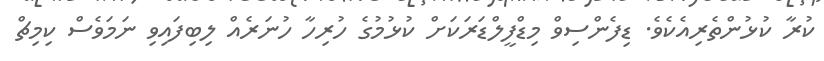
ކުރާ ކުޅުންތެރިއެކެވެ. ޑިފެންސިވް މިޑްފީލްޑަރަކަށް ކުޅުމުގެ ހުރިހާ ހުނަރެއް ލިބިފައިވި ނަމަވެސް ކިމިޗް